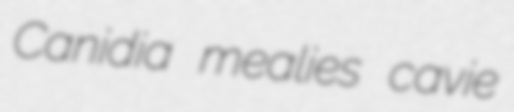
Canidia mealies cavie